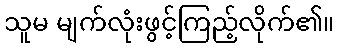
သူမ မျက်လုံးဖွင့်ကြည့်လိုက်၏။